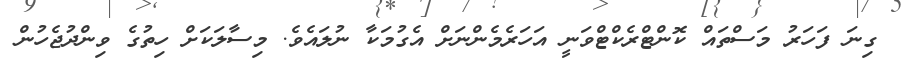
ގިނަ ފަހަރު މަސްތައް ކޮންޓްރެކްޓްވަނީ އަހަރެމެންނަށް އެގުމަކާ ނުލައެވެ. މިސާލަކަށް ހިތުގެ ވިންދުޖެހުން